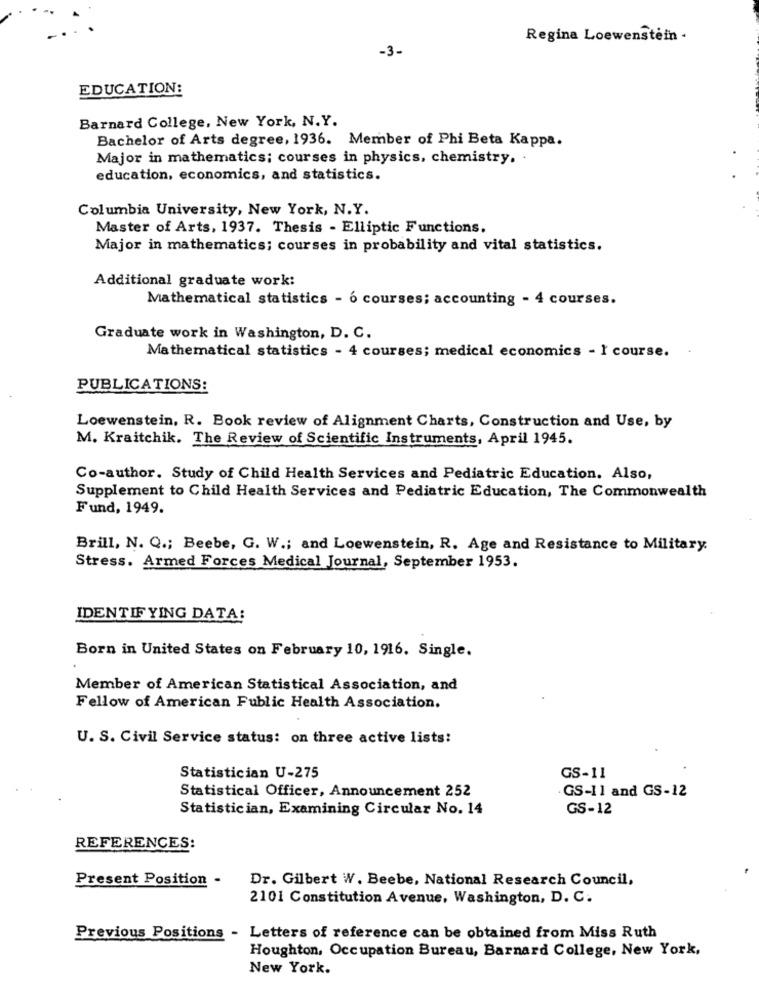
Regina Loewenstein ·
-3-
EDUCATION:
Barnard College, New York, N.Y.
Bachelor of Arts degree, 1936. Member of Phi Beta Kappa.
Major in mathematics; courses in physics, chemistry. .
education, economics, and statistics.
Columbia University, New York, N.Y.
Master of Arts, 1937. Thesis - Elliptic Functions.
Major in mathematics; courses in probability and vital statistics.
Additional graduate work:
Mathematical statistics - 6 courses; accounting - 4 courses.
Graduate work in Washington, D. C.
Mathematical statistics - 4 courses; medical economics - I course.
PUBLICATIONS:
Loewenstein, R. Book review of Alignment Charts, Construction and Use, by
M. Kraitchik. The Review of Scientific Instruments, April 1945.
Co-author. Study of Child Health Services and Pediatric Education. Also,
Supplement to Child Health Services and Pediatric Education, The Commonwealth
Fund, 1949.
Brill, N. Q .; Beebe, G. W .; and Loewenstein, R. Age and Resistance to Military.
Stress. Armed Forces Medical Journal, September 1953.
IDENTIFYING DATA:
Born in United States on February 10, 1916. Single.
Member of American Statistical Association, and
Fellow of American Fublic Health Association.
U. S. Civil Service status: on three active lists:
Statistician U-275
GS-11
Statistical Officer, Announcement 252
GS-11 and GS-12
Statistician, Examining Circular No. 14
GS-12
REFERENCES:
Present Position -
Dr. Gilbert W. Beebe, National Research Council,
2101 Constitution Avenue, Washington, D. C.
Previous Positions - Letters of reference can be obtained from Miss Ruth
Houghton, Occupation Bureau, Barnard College, New York,
New York.